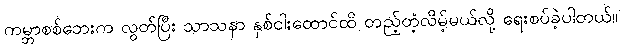
ကမ္ဘာစစ်ဘေးက လွတ်ပြီး သာသနာ နှစ်ငါးထောင်ထိ တည့်တံ့လိမ့်မယ်လို့ ရေးစပ်ခဲ့ပါတယ်။